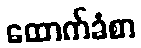
ထောက်ခံစာ